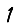
Digit: 1